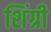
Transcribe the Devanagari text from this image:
शिंग्री